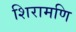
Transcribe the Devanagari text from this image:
शिरामणि